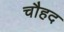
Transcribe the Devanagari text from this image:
चौहद